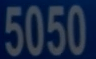
5050